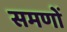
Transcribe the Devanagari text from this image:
समणों